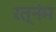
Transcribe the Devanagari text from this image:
रत्नंम